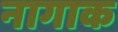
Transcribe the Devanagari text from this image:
नागाक